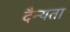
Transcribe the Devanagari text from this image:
दैन्यता